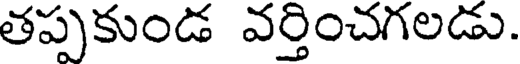
తప్పకుండ వర్తించగలడు.